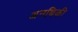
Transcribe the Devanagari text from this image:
अनबिकी